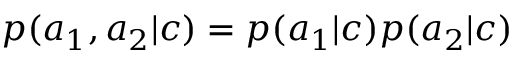
p ( a _ { 1 } , a _ { 2 } | c ) = p ( a _ { 1 } | c ) p ( a _ { 2 } | c )